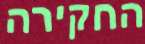
החקירה